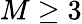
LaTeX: M\ge 3